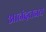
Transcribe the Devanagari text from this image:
आनंदतनय